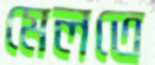
মেলতে